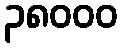
၃၈၀၀၀